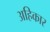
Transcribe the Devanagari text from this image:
अहिकार